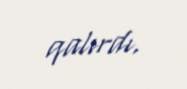
qalırdı.